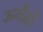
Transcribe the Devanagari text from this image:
ऊगैमी